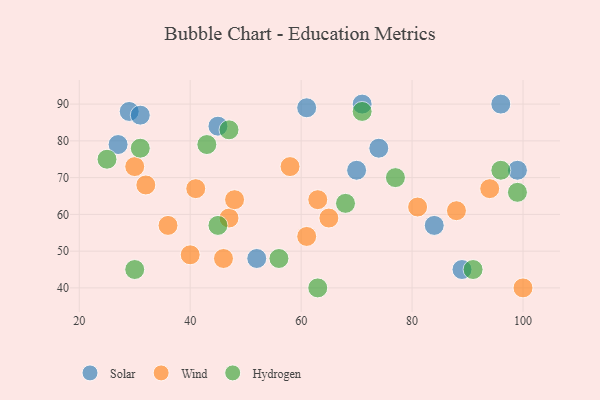
{"axis": {"x": "GDP", "y": "Life Expectancy"}, "legend": ["Hydrogen", "Solar", "Wind"], "data": [{"x": "74", "y": 78, "type": "Solar"}, {"x": "29", "y": 88, "type": "Solar"}, {"x": "99", "y": 72, "type": "Solar"}, {"x": "61", "y": 89, "type": "Solar"}, {"x": "27", "y": 79, "type": "Solar"}, {"x": "45", "y": 84, "type": "Solar"}, {"x": "70", "y": 72, "type": "Solar"}, {"x": "31", "y": 87, "type": "Solar"}, {"x": "89", "y": 45, "type": "Solar"}, {"x": "52", "y": 48, "type": "Solar"}, {"x": "96", "y": 90, "type": "Solar"}, {"x": "71", "y": 90, "type": "Solar"}, {"x": "84", "y": 57, "type": "Solar"}, {"x": "47", "y": 59, "type": "Wind"}, {"x": "30", "y": 73, "type": "Wind"}, {"x": "48", "y": 64, "type": "Wind"}, {"x": "65", "y": 59, "type": "Wind"}, {"x": "100", "y": 40, "type": "Wind"}, {"x": "46", "y": 48, "type": "Wind"}, {"x": "63", "y": 64, "type": "Wind"}, {"x": "58", "y": 73, "type": "Wind"}, {"x": "36", "y": 57, "type": "Wind"}, {"x": "40", "y": 49, "type": "Wind"}, {"x": "41", "y": 67, "type": "Wind"}, {"x": "94", "y": 67, "type": "Wind"}, {"x": "61", "y": 54, "type": "Wind"}, {"x": "81", "y": 62, "type": "Wind"}, {"x": "88", "y": 61, "type": "Wind"}, {"x": "32", "y": 68, "type": "Wind"}, {"x": "47", "y": 83, "type": "Hydrogen"}, {"x": "91", "y": 45, "type": "Hydrogen"}, {"x": "77", "y": 70, "type": "Hydrogen"}, {"x": "25", "y": 75, "type": "Hydrogen"}, {"x": "96", "y": 72, "type": "Hydrogen"}, {"x": "71", "y": 88, "type": "Hydrogen"}, {"x": "99", "y": 66, "type": "Hydrogen"}, {"x": "68", "y": 63, "type": "Hydrogen"}, {"x": "45", "y": 57, "type": "Hydrogen"}, {"x": "63", "y": 40, "type": "Hydrogen"}, {"x": "30", "y": 45, "type": "Hydrogen"}, {"x": "43", "y": 79, "type": "Hydrogen"}, {"x": "31", "y": 78, "type": "Hydrogen"}, {"x": "56", "y": 48, "type": "Hydrogen"}]}